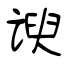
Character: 谀